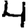
Digit: 4